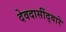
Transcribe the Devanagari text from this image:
देवदासींद्वारे